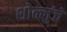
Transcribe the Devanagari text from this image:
शोल्लुंचे